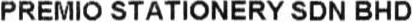
PREMIO STATIONERY SDN BHD